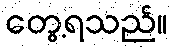
တွေ့ရသည်။